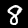
Digit: 8